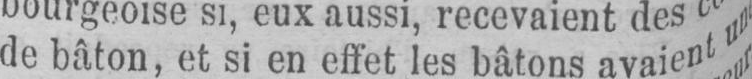
de bâton, et si en effet les bâtons avaient un